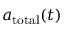
a _ { \mathrm { t o t a l } } ( t )